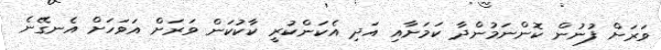
ވަރަށް ފުނުން ކޮންނަމުންދާ ކަމަށާއި އަދި އެކަންކުރީ ކާކުކަން ވަރަށް އަވަހަށް އެނގޭނެ